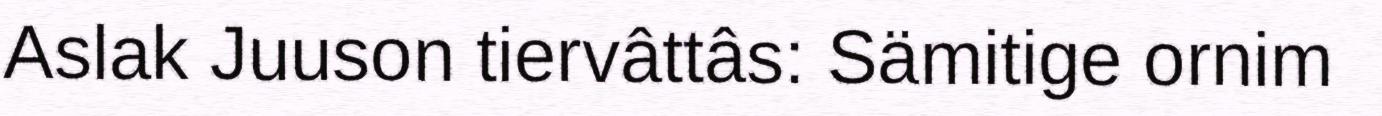
Aslak Juuson tiervâttâs: Sämitige ornim